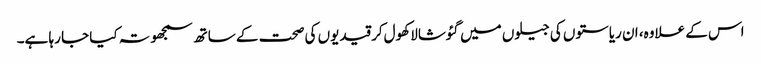
اس کے علاوہ، ان ریاستوں کی جیلوں میں گئوشالا کھول‌کر قیدیوں کی صحت کے ساتھ سمجھوتہ کیا جا رہا ہے۔